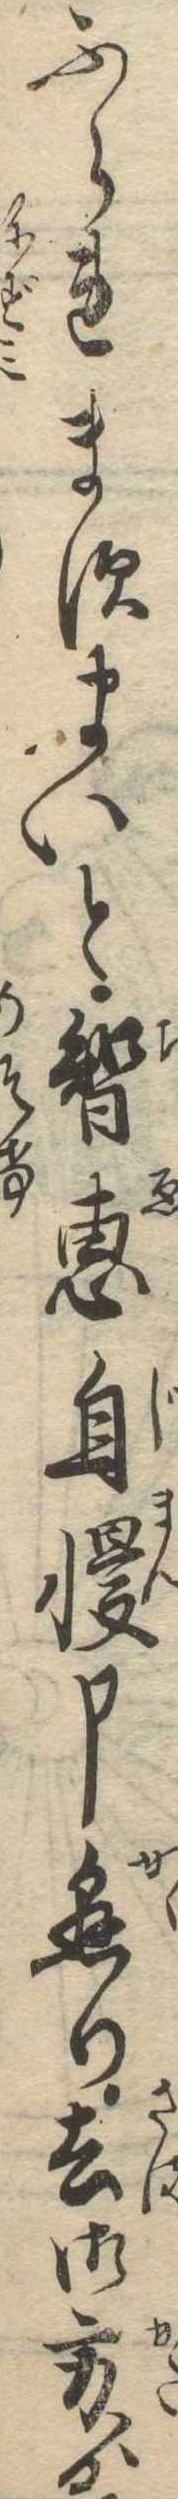
ふられますまいと智恵自慢申懸り去御方ゟ